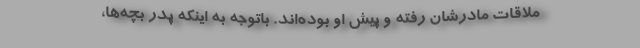
ملاقات مادرشان رفته و پیش او بوده‌اند. باتوجه به اینکه پدر بچه‌ها،